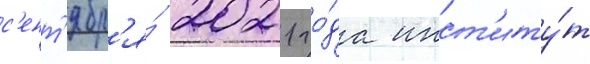
с'ент'ябр'я́ 2021 го́да инст'иту́т